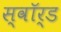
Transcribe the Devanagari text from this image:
स्‍वॉर्ड